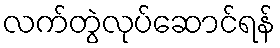
လက်တွဲလုပ်ဆောင်ရန်